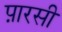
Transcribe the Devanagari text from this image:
प़ारसी